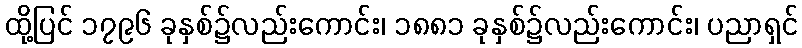
ထို့ပြင် ၁၇၉၆ ခုနှစ်၌လည်းကောင်း၊ ၁၈၈၁ ခုနှစ်၌လည်းကောင်း၊ ပညာရှင်